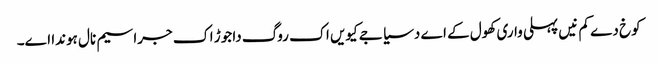
کوخ دے کم نیں پہلی واری کھول کے اے دسیا جے کیویں اک روگ دا جوڑ اک جراسیم نال ہوندا اے۔